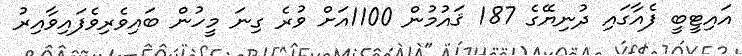
އައިޓީބީ ފެއާގައި ދުނިޔޭގެ 187 ޤައުމުން 1100އަށް ވުރެ ގިނަ މީހުން ބައިވެރިވެފައިވާއިރު